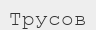
Трусов